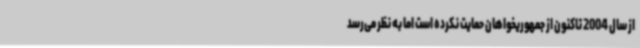
از سال 2004 تاکنون از جمهوریخواهان حمایت نکرده است اما به نظر می‌رسد